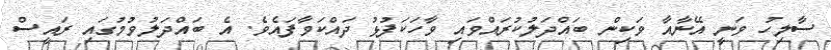
ސާލިހު ވަނީ އޭނާއާ ވަކިން ބައްދަލުކުރައްވައި ވާހަކަފުޅު ދައްކަވާފައެވެ. އެ ބައްދަލުވުމުގައި ރައީސް